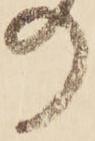
の